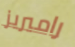
راميريز